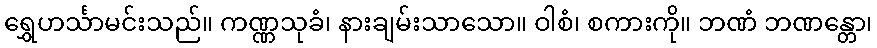
ရွှေဟင်္သာမင်းသည်။ ကဏ္ဏသုခံ၊ နားချမ်းသာသော။ ဝါစံ၊ စကားကို။ ဘဏံ ဘဏန္တော၊